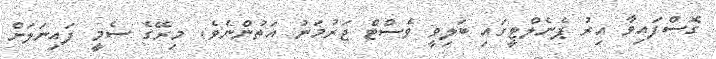
ގޮސްފައިވާ އިރު ޕެނެލްޓީގައި ބަލިވީ ވެސްޓް ޖަރުމަނު އަތުންނެވެ. މިރޭގެ ސެމީ ފައިނަލަށް